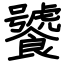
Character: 饕